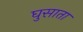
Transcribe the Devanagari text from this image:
घुसाता